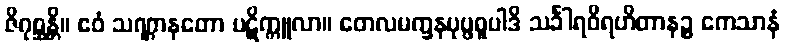
ဇိဂုစ္ဆန္တိ။ ဧဝံ သဏ္ဌာနတော ပဋိက္ကူလာ။ တေလမက္ခနပုပ္ဖဓူပါဒိ သင်္ခါရဝိရဟိတာနဉ္စ ကေသာနံ